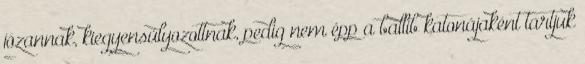
józannak, kiegyensúlyozottnak, pedig nem épp a ballib katonájaként tartjuk